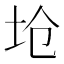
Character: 𱖏